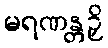
မရဏန္တဉှိ